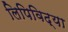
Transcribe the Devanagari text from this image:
लिपिविद्या